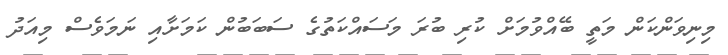
މިނިވަންކަން މަތީ ބޭއްވުމަށް ކުރި ބުރަ މަސައްކަތުގެ ސަބަބުން ކަމަށާއި ނަމަވެސް މިއަދު